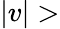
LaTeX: |v|>